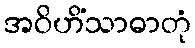
အဝိဟိံသာဓာတုံ